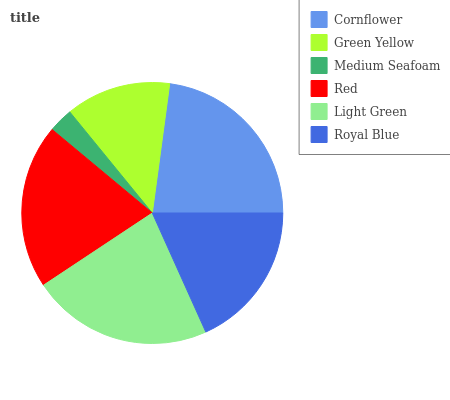
| Cornflower | Green Yellow | Medium Seafoam | Red | Light Green | Royal Blue |
 | --- | --- | --- | --- | --- | --- |
 | 22.9% | 13% | 3.05% | 20.3% | 22.4% | 18.3% |